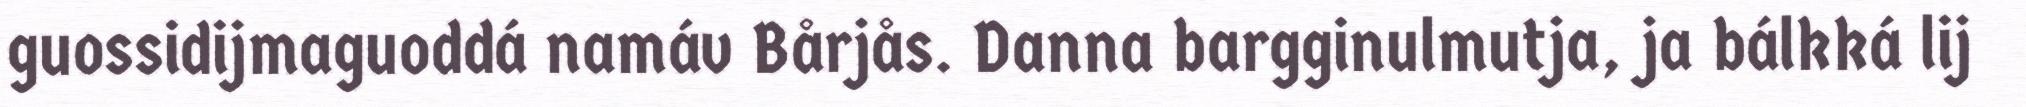
guossidijmaguoddá namáv Bårjås. Danna bargginulmutja, ja bálkká lij